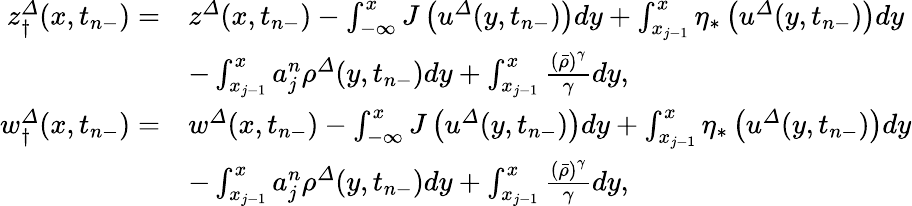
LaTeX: \begin{array}{rl}{{z}_{\dagger}^{\varDelta}(x,t_{n-})=}&{{z}^{\varDelta}(x,t_{n-})-\int_{-\infty}^{x}J\left({u}^{\varDelta}(y,t_{n-})\right)dy+\int_{x_{j-1}}^{x}\eta_{\ast}\left({u}^{\varDelta}(y,t_{n-})\right)dy}\\ &{-\int_{x_{j-1}}^{x}a_{j}^{n}{\rho}^{\varDelta}(y,t_{n-})dy+\int_{x_{j-1}}^{x}\frac{\left(\bar{\rho}\right)^{\gamma}}{\gamma}dy,}\\ {{w}_{\dagger}^{\varDelta}(x,t_{n-})=}&{{w}^{\varDelta}(x,t_{n-})-\int_{-\infty}^{x}J\left({u}^{\varDelta}(y,t_{n-})\right)dy+\int_{x_{j-1}}^{x}\eta_{\ast}\left({u}^{\varDelta}(y,t_{n-})\right)dy}\\ &{-\int_{x_{j-1}}^{x}a_{j}^{n}{\rho}^{\varDelta}(y,t_{n-})dy+\int_{x_{j-1}}^{x}\frac{\left(\bar{\rho}\right)^{\gamma}}{\gamma}dy,}\end{array}